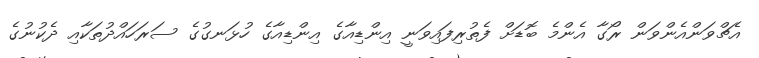
އެޗްވަންއެންވަން ރޯގާ އެންމެ ބޮޑަށް ފެތުރިފައިވަނީ އިންޑިއާގެ އިންޑިއާގެ ހުޅަނގުގެ ސަރަހައްދުތަކާއި ދެކުނުގެ